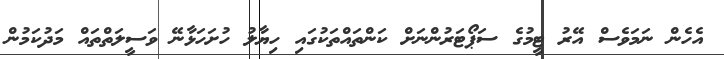
އެހެން ނަމަވެސް އޭރު ޓީމުގެ ސަޕޯޓަރުންނަށް ކަންތައްތަކުގައި ހިޔާލު ހުށަހަޅާނޭ ވަސީލަތްތައް މަދުކަމުން